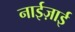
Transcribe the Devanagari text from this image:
नाईज़ाई